Bréfritari: Þorsteinn Þorsteinsson
Viðtakandi: Jón Borgfirðingur
Dagsetning: A-1859-08-13
Skrifað á: Bæ á Höfðaströnd  Skag.
68 ára ekkjumaður árið 1860

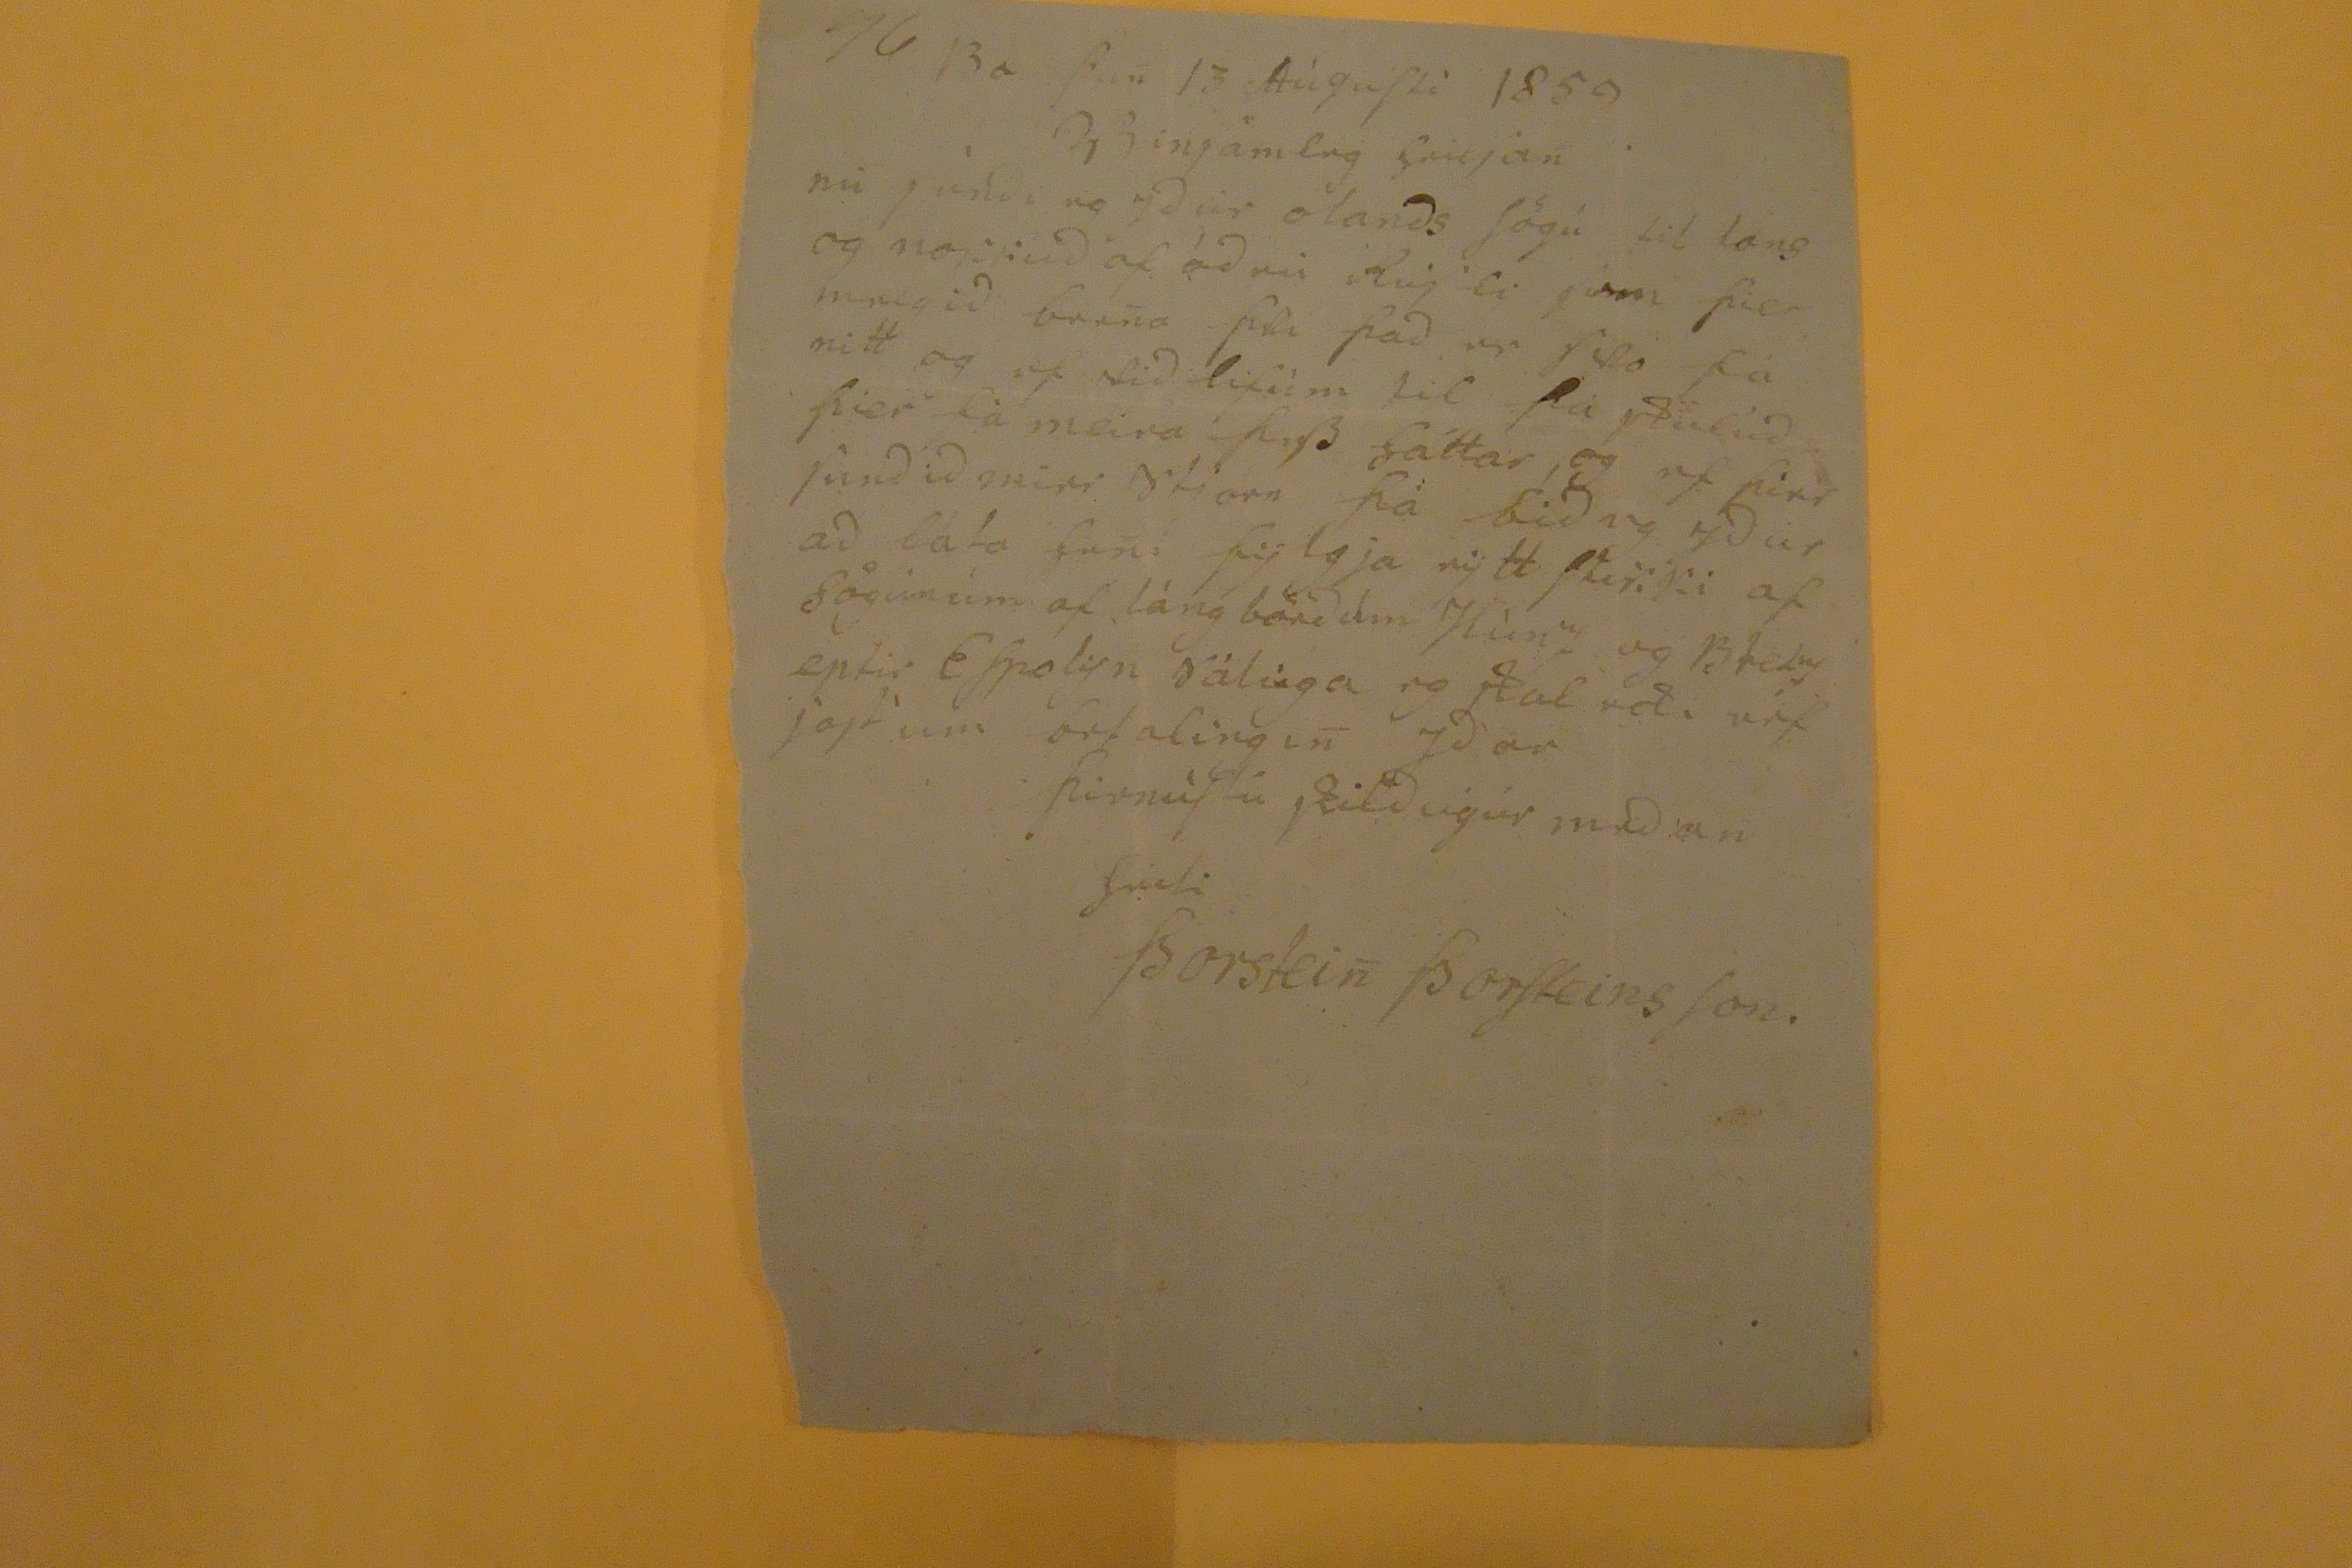

76
Bæ þan 13 Aúgusti 1859
VinSamleg heilsan
nú seíndi eg ydur olands Sögu til lans og nokkud af
ád nú Aúg li
Sem þier meigid berna
þki þad mr Sko
þá mitt og of stid lifùm til þú skulud þier fà meira
þak
Sáttar, og ef firir fundid mier
stiarn
þá bid eg ydur ad láta
funi fij lgja
nýtt flikki af Sögúnúm af láng böndum
Hùn", og Blessastum
örfalingin ydar
þinníllú
Skildúgúr medan
seili
Þorstein ÞorsteinsSon.